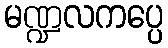
မဏ္ဍလကပ္ပေ